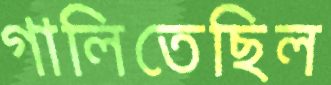
গালিতেছিল